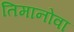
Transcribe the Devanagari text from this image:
तिमानोवा